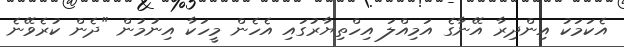
އެކަމަކު އިންދިރާ އޭނާގެ އަމިއްލަ އިހްތިޔާރުގައި އެހެން މީހަކާ އިނުމުން "ދެން ކުރެވޭނެ